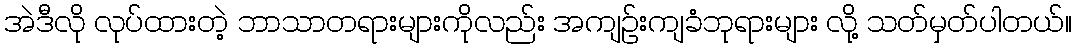
အဲဒီလို လုပ်ထားတဲ့ ဘာသာတရားများကိုလည်း အကျဉ်းကျခံဘုရားများ လို့ သတ်မှတ်ပါတယ်။